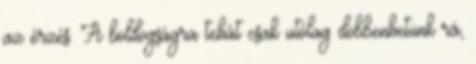
az érzés. A boldogságra tehát csak utólag döbbenhetünk rá,